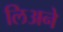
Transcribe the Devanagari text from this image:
लिअने